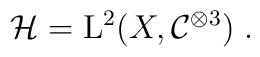
\mathcal H={\rm L}^2(X,\mathcal C^{\otimes 3})\;.